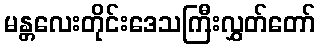
မန္တလေးတိုင်းဒေသကြီးလွှတ်တော်